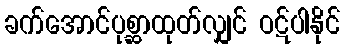
ခက်အောင်ပုစ္ဆာထုတ်လျှင် ဝဋ်ပါနိုင်